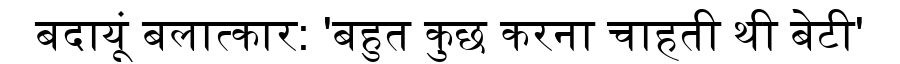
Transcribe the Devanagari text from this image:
बदायूं बलात्कार: 'बहुत कुछ करना चाहती थी बेटी'